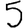
Digit: 5